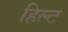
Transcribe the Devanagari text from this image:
हिल्ट